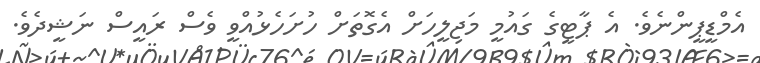
އެމްޑީޕީންނެވެ. އެ ޕާޓީގެ ގައުމީ މަޖިލީހަށް އެގޮތަށް ހުށަހެޅުއްވީ ވެސް ރައީސް ނަޝީދެވެ.